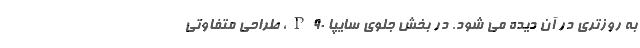
به روزتری در آن دیده می شود. در بخش جلوی سایپا P90، طراحی متفاوتی